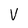
Character: V